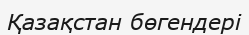
Қазақстан бөгендері